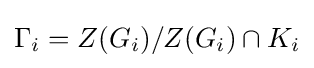
\displaystyle {\Gamma _{i}=Z(G_{i})/Z(G_{i})\cap K_{i}}